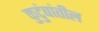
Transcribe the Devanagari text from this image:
कुटुंबांतील